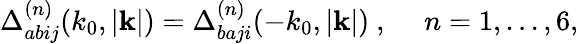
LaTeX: \Delta_{abij}^{(n)}(k_{0},|{\mathbf k}|)=\Delta_{baji}^{(n)}(-k_{0},|{\mathbf k}|)\ ,~~~~~n=1,...,6,